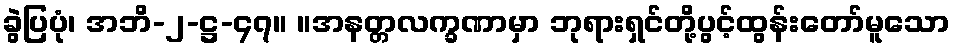
ခွဲပြပုံ၊ အဘိ-၂-ဋ္ဌ-၄၇။ ။အနတ္တလက္ခဏာမှာ ဘုရားရှင်တို့ပွင့်ထွန်းတော်မူသော